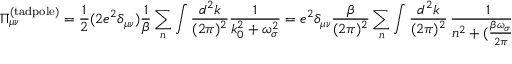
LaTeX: \Pi _ { \mu \nu } ^ { ( \mathrm { t a d p o l e } ) } = \frac { 1 } { 2 } ( 2 e ^ { 2 } \delta _ { \mu \nu } ) \frac { 1 } { \beta } \sum _ { n } \int \frac { d ^ { 2 } k } { ( 2 \pi ) ^ { 2 } } \frac { 1 } { k _ { 0 } ^ { 2 } + \omega _ { \sigma } ^ { 2 } } = e ^ { 2 } \delta _ { \mu \nu } \frac { \beta } { ( 2 \pi ) ^ { 2 } } \sum _ { n } \int \frac { d ^ { 2 } k } { ( 2 \pi ) ^ { 2 } } \, \frac { 1 } { n ^ { 2 } + ( \frac { \beta \omega _ { \sigma } } { 2 \pi } ) ^ { 2 } } ,